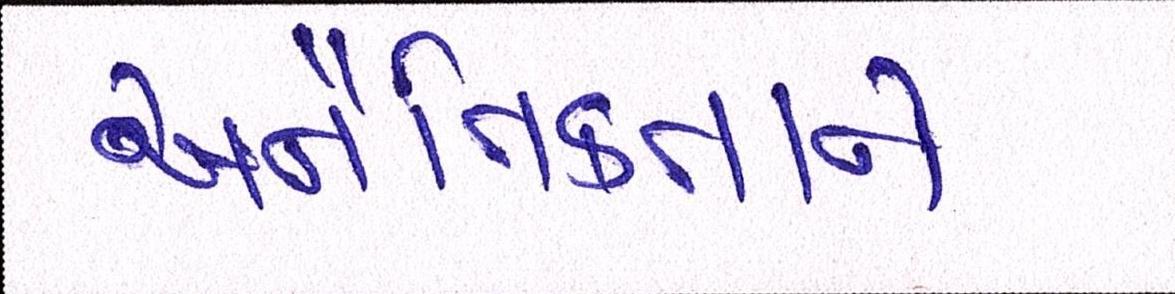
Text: અનૈતિકતાને